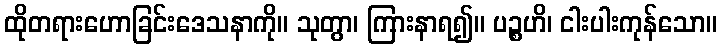
ထိုတရားဟောခြင်းဒေသနာကို။ သုတွာ၊ ကြားနာရ၍။ ပဉ္စဟိ၊ ငါးပါးကုန်သော။